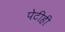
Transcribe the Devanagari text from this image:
पेटीही